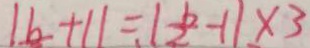
\vert b + 1 \vert = \vert \frac { b } { 2 } - 1 \vert \times 3